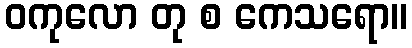
ဝကုလော တု စ ကေသရော။